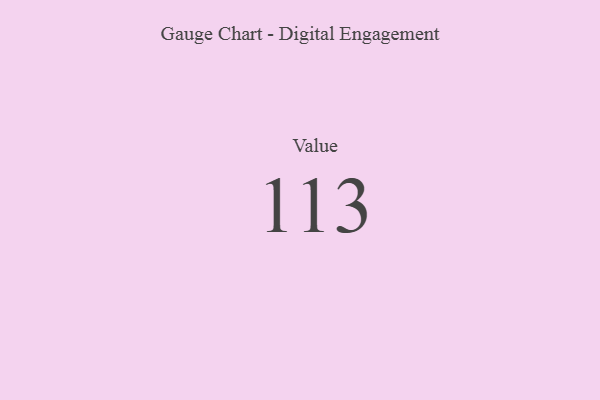
{"axis": {"x": "Metric", "y": "Value"}, "legend": [""], "data": [{"x": "Value", "y": 113, "type": ""}]}